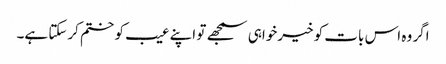
اگر وہ اس بات کو خیرخواہی سمجھے تو اپنے عیب کو ختم کرسکتا ہے۔